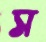
স